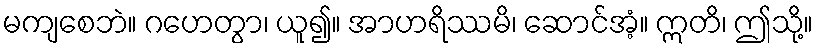
မကျစေဘဲ။ ဂဟေတွာ၊ ယူ၍။ အာဟရိဿမိ၊ ဆောင်အံ့။ ဣတိ၊ ဤသို့။